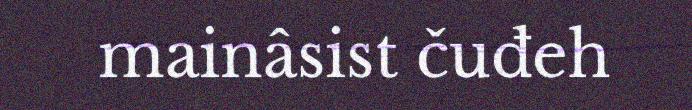
mainâsist čuđeh